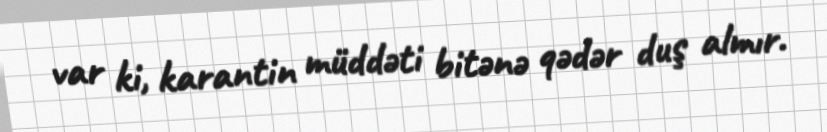
var ki, karantin müddəti bitənə qədər duş almır.